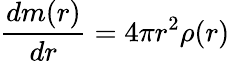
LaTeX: \frac{dm(r)}{dr}=4\pi r^{2}\rho(r)